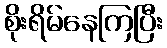
စိုးရိမ်နေကြပြီး